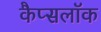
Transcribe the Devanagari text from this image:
कैप्सलॉक